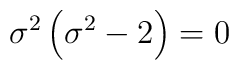
\sigma ^2\left( \sigma ^2-2\right) =0